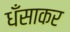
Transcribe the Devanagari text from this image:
धँसाकर